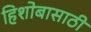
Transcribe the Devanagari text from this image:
हिशोबासाठी